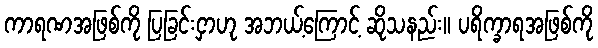
ကာရဏအဖြစ်ကို ပြခြင်းငှာဟု အဘယ့်ကြောင့် ဆိုသနည်း။ ပရိက္ခာရအဖြစ်ကို